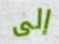
إلى